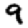
Digit: 9